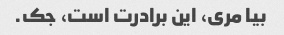
بیا مری، این برادرت است، جک.